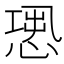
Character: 𢝭